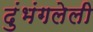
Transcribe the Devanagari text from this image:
दुंभंगलेली